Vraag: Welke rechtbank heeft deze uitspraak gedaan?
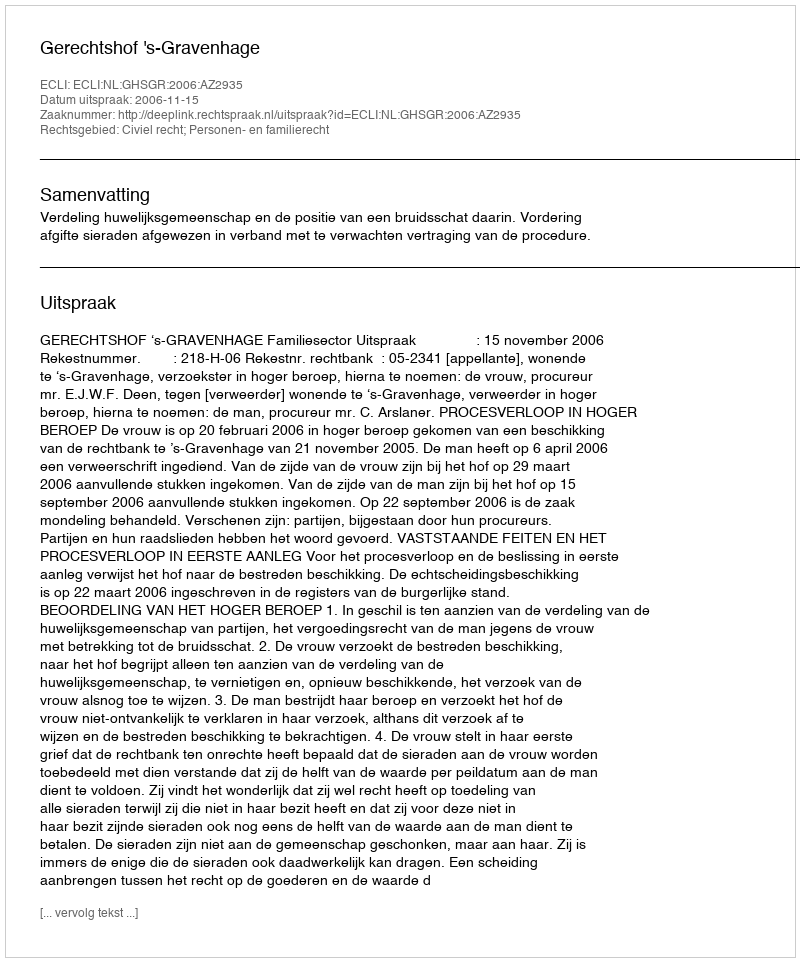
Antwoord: Gerechtshof 's-Gravenhage